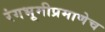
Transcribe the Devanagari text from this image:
रंगभूमीप्रमाणेच